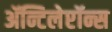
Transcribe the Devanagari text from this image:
ॲन्टिलेप्टॉन्स